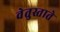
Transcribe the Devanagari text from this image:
वेतुस्ताते